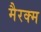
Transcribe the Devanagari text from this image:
मैरक्म